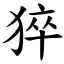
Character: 猝